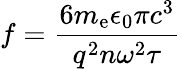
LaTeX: f=\frac{6m_{\mathrm{e}}\epsilon_{0}\pi c^{3}}{q^{2}n\omega^{2}\tau}